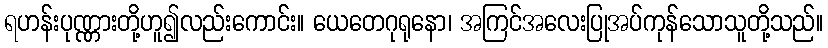
ရဟန်းပုဏ္ဏားတို့ဟူ၍လည်းကောင်း။ ယေတေဂုရုနော၊ အကြင်အလေးပြုအပ်ကုန်သောသူတို့သည်။